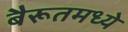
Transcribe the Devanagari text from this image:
बैरूतमध्ये